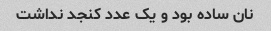
نان ساده بود و یک عدد کنجد نداشت